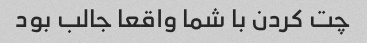
چت کردن با شما واقعا جالب بود